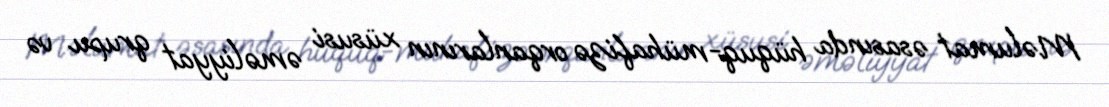
Məlumat əsasında hüquq-mühafizə orqanlarının xüsusi əməliyyat qrupu və